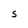
Character: S